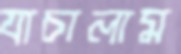
যাচালাম